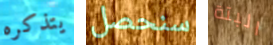
يتذكره سنحصل البتة